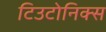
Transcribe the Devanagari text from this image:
टिउटोनिक्स